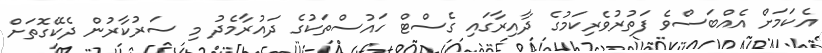
އެކަމަށް އެއްބަސްވެ ފަތުރުވެރިކަމުގެ ދާއިރާގައި ގެސްޓް ހައުސްތަކުގެ ދައުރާމެދު މި ސަރުކާރުން ދެކޭގޮތަށް